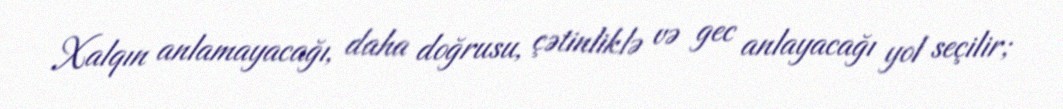
Xalqın anlamayacağı, daha doğrusu, çətinliklə və gec anlayacağı yol seçilir;